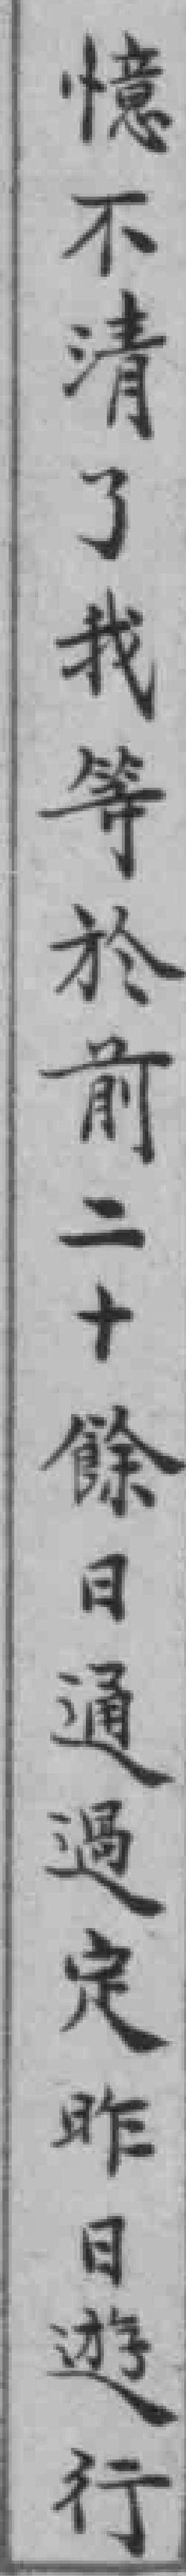
憶不清了我等於前二十餘日通過定昨日游行